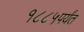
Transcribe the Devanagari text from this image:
१८८५पर्यंत